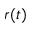
r ( t )